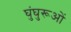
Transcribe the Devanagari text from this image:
घुंघुरूओं